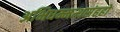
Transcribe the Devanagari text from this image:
अभिधम्मत्थसंहहो